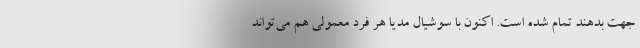
جهت بدهند تمام شده است. اکنون با سوشیال مدیا هر فرد معمولی هم می‌تواند